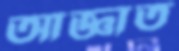
আজ্ঞাত